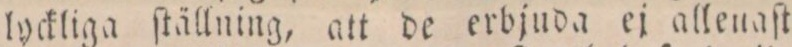
lyckliga ſtällning, att de erbjuda ej allenaſt